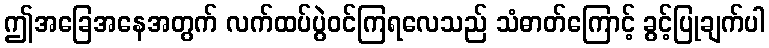
ဤအခြေအနေအတွက် လက်ထပ်ပွဲဝင်ကြရလေသည် သံဓာတ်ကြောင့် ခွင့်ပြုချက်ပါ